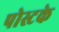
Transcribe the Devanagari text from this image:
पोस्टके